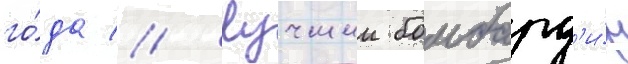
го́да // Лучшии бомбард'и́р